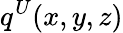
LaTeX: q^{U}(x,y,z)